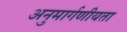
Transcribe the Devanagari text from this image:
अनुमार्गणीयता